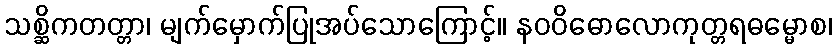
သစ္ဆိကတတ္တာ၊ မျက်မှောက်ပြုအပ်သောကြောင့်။ နဝဝိဓောလောကုတ္တရဓမ္မောစ၊